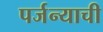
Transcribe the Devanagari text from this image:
पर्जन्याची